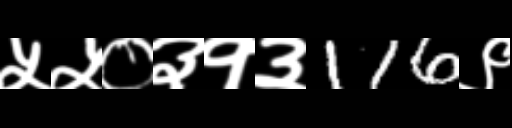
Text: ५५०३१३116९